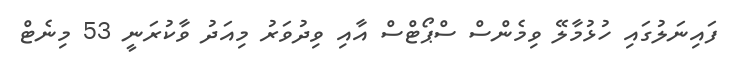
ފައިނަލުގައި ހުޅުމާލޭ ވިމެންސް ސްޕޯޓްސް އާއި ވިދުވަރު މިއަދު ވާކުރަނީ 53 މިނެޓް